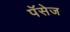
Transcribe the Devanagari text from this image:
पॅसेज